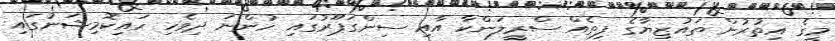
މީގެ އިތުރުން ތައުޒިޔާގެ ފިތެއް ސްރީލަންކާ އާއި ސިންގަޕޫރުގައި ހުންނަ ދިވެހި ހައިކޮމިޝަނުގައި